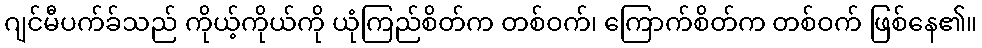
ဂျင်မီပက်ခ်သည် ကိုယ့်ကိုယ်ကို ယုံကြည်စိတ်က တစ်ဝက်၊ ကြောက်စိတ်က တစ်ဝက် ဖြစ်နေ၏။